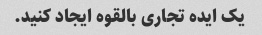
یک ایده تجاری بالقوه ایجاد کنید.